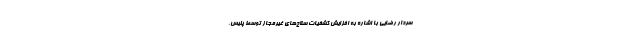
سردار رضایی با اشاره به افزایش کشفیات سلاح‌های غیرمجاز توسط پلیس،